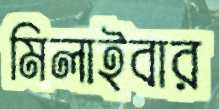
মিলাইবার